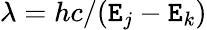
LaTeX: \lambda=hc/(\mathtt{E}_{j}-\mathtt{E}_{k})